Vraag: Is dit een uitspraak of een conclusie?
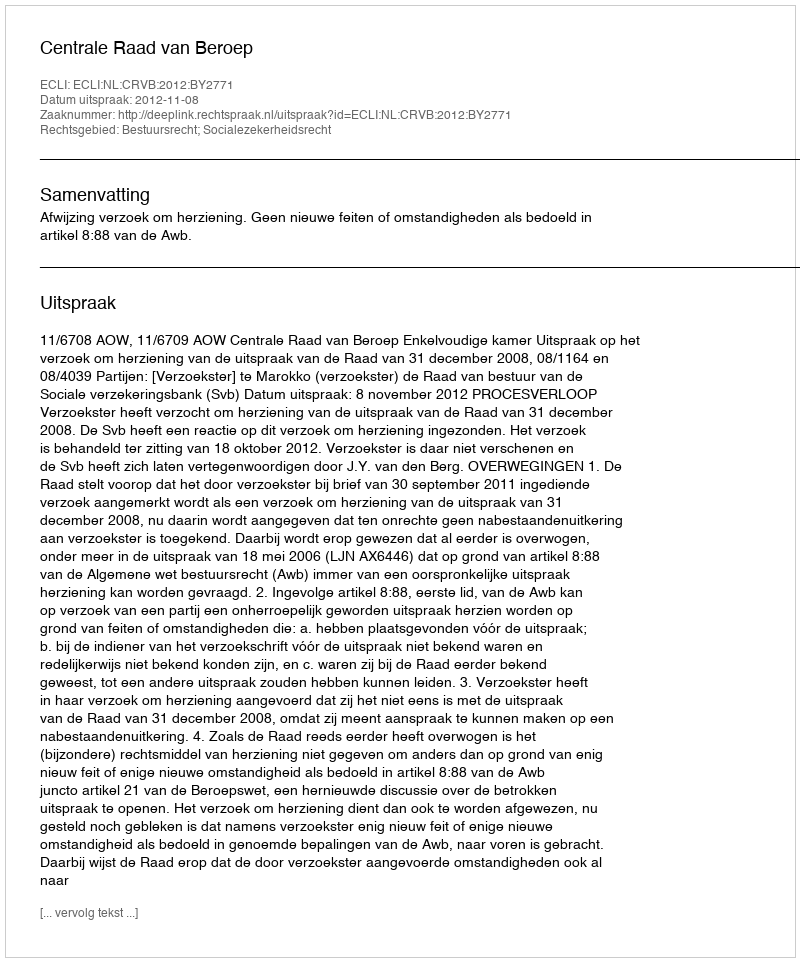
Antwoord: Uitspraak